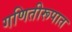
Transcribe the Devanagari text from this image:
गणितीरूपात